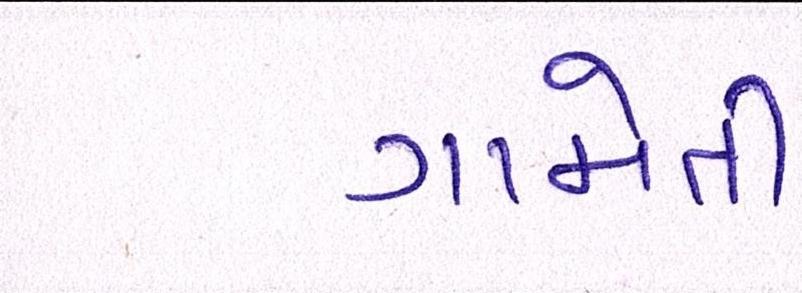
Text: ગામેતી